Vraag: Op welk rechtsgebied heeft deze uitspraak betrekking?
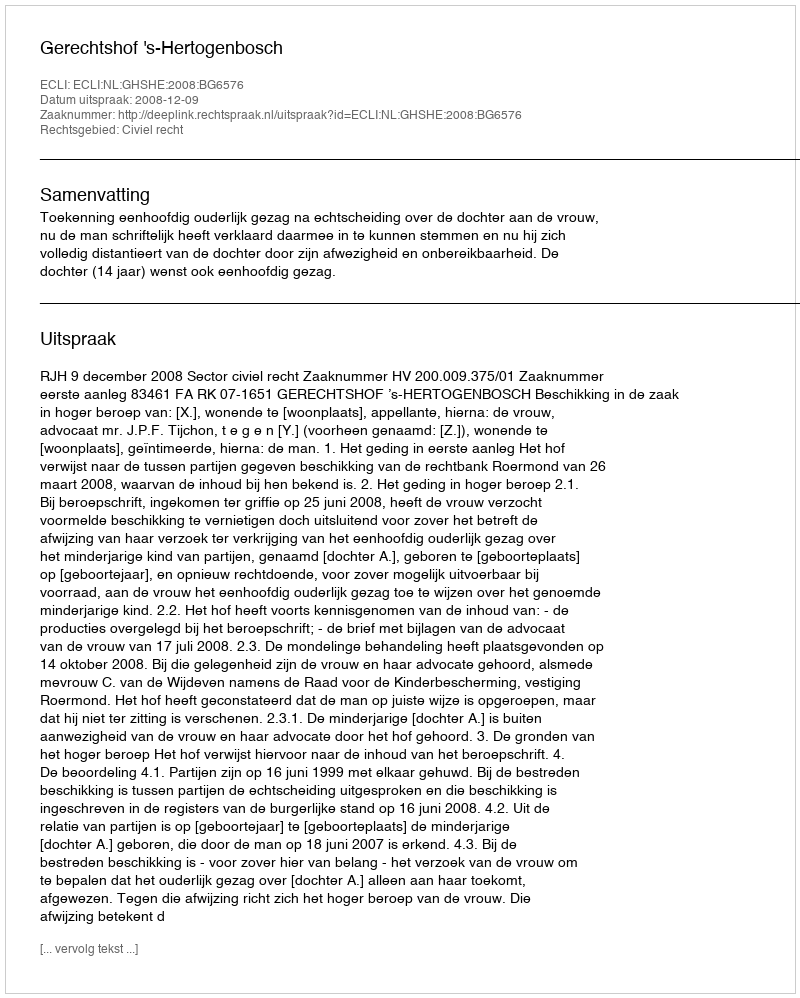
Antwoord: Civiel recht